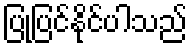
ပြုပြင်နိုင်ပါသည်